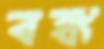
বঙ্ক